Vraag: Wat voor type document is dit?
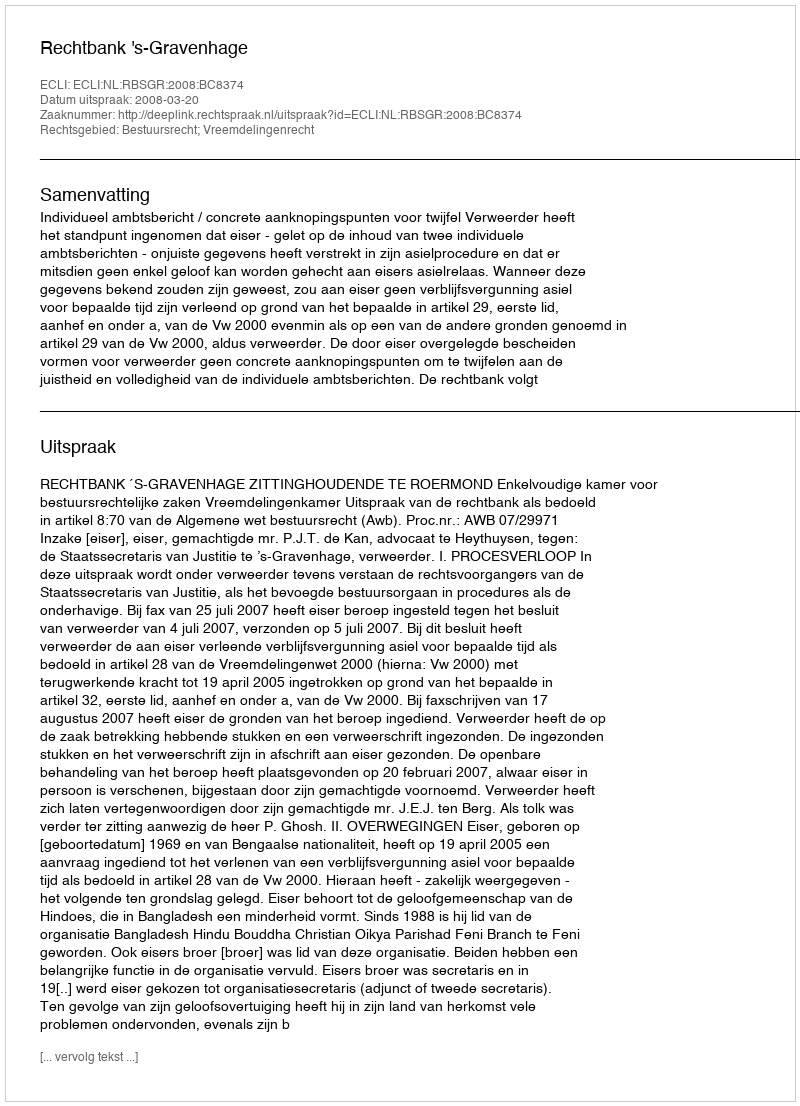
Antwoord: Uitspraak